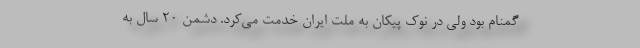
گمنام بود ولی در نوک پیکان به ملت ایران خدمت می‌کرد. دشمن ۲۰ سال به